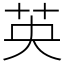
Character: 英